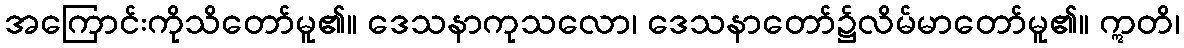
အကြောင်းကိုသိတော်မူ၏။ ဒေသနာကုသလော၊ ဒေသနာတော်၌လိမ်မာတော်မူ၏။ ဣတိ၊